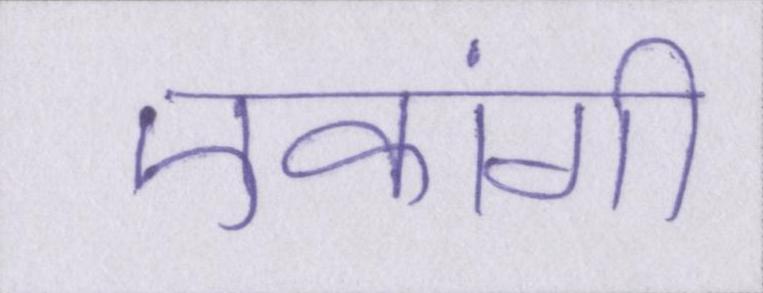
एकांगी